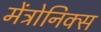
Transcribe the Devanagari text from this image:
मेंत्रोनिक्स